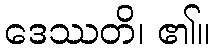
ဒေဿတိ၊ ၏။